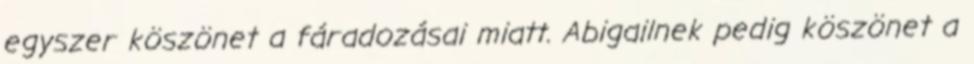
egyszer köszönet a fáradozásai miatt. Abigailnek pedig köszönet a